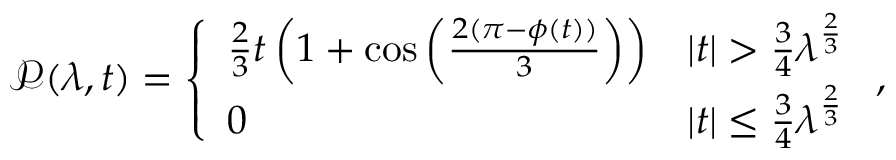
\begin{array} { r } { \mathscr { P } ( \lambda , t ) = \left\{ \begin{array} { l l } { \frac { 2 } { 3 } t \left( 1 + \cos \left( \frac { 2 ( \pi - \phi ( t ) ) } { 3 } \right) \right) } & { \vert t \vert > \frac { { 3 } } { 4 } { \lambda } ^ { \frac { 2 } { 3 } } } \\ { 0 } & { \vert t \vert \le \frac { { 3 } } { 4 } { \lambda } ^ { \frac { 2 } { 3 } } } \end{array} \right. , } \end{array}